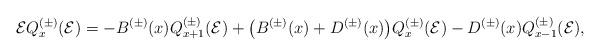
LaTeX: \begin{align*} \mathcal{E}Q^{(\pm)}_x(\mathcal{E}) =-B^{(\pm)}(x)Q^{(\pm)}_{x+1}(\mathcal{E}) +\bigl(B^{(\pm)}(x)+D^{(\pm)}(x)\bigr)Q^{(\pm)}_x(\mathcal{E}) -D^{(\pm)}(x)Q^{(\pm)}_{x-1}(\mathcal{E}), \end{align*}